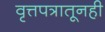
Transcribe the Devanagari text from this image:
वृत्तपत्रातूनही